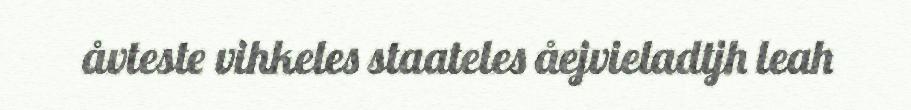
åvteste vihkeles staateles åejvieladtjh leah